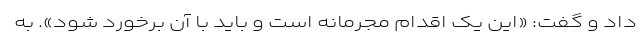
داد و گفت: «این یک اقدام مجرمانه است و باید با آن برخورد شود». به